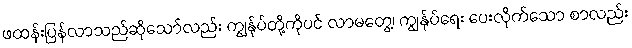
ဖထန်းပြန်လာသည်ဆိုသော်လည်း ကျွန်ုပ်တို့ကိုပင် လာမတွေ့၊ ကျွန်ုပ်ရေး ပေးလိုက်သော စာလည်း